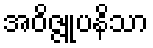
အဝိဇ္ဇူပနိသာ